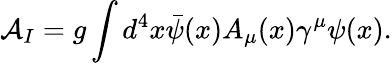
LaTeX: {\cal A}_{I}=g\int d^{4}x\bar{\psi}(x)A_{\mu}(x)\gamma^{\mu}\psi(x).